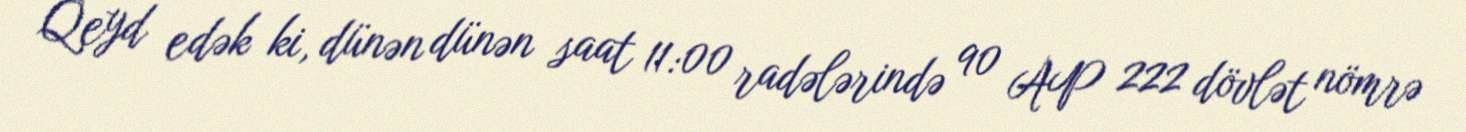
Qeyd edək ki, dünən dünən saat 11:00 radələrində 90 AP 222 dövlət nömrə